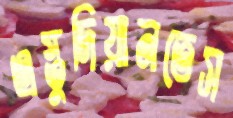
এস্তুদিয়ানতেস